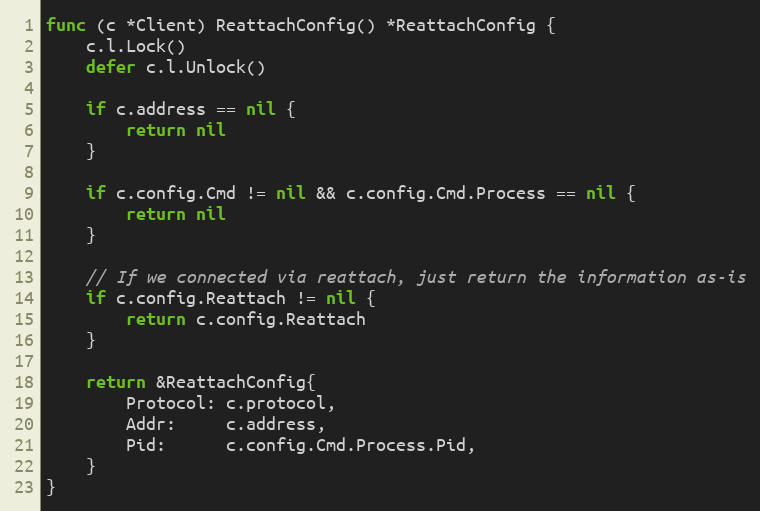
Language: Go
func (c *Client) ReattachConfig() *ReattachConfig {
	c.l.Lock()
	defer c.l.Unlock()

	if c.address == nil {
		return nil
	}

	if c.config.Cmd != nil && c.config.Cmd.Process == nil {
		return nil
	}

	// If we connected via reattach, just return the information as-is
	if c.config.Reattach != nil {
		return c.config.Reattach
	}

	return &ReattachConfig{
		Protocol: c.protocol,
		Addr:     c.address,
		Pid:      c.config.Cmd.Process.Pid,
	}
}